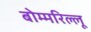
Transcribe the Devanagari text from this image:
बोम्मरिल्लू